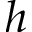
h